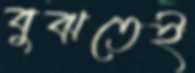
বুঝতেই